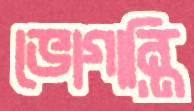
ভোগান্তি